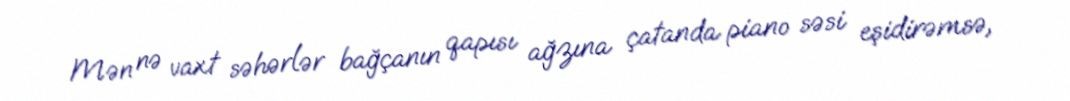
Mən nə vaxt səhərlər bağçanın qapısı ağzına çatanda piano səsi eşidirəmsə,